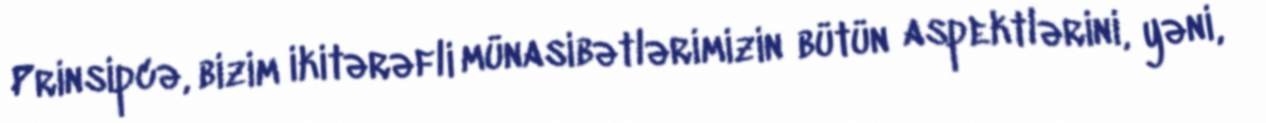
Prinsipcə, bizim ikitərəfli münasibətlərimizin bütün aspektlərini, yəni,